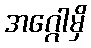
အဂ္ဂေါမှိ